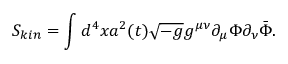
S _ { k i n } = \int d ^ { 4 } x a ^ { 2 } ( t ) \sqrt { - g } g ^ { \mu \nu } \partial _ { \mu } \Phi \partial _ { \nu } \bar { \Phi } .